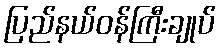
ပြည်နယ်ဝန်ကြီးချုပ်